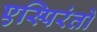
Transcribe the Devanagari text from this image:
एस्पिरंतो